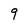
Character: 9